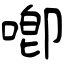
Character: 喞